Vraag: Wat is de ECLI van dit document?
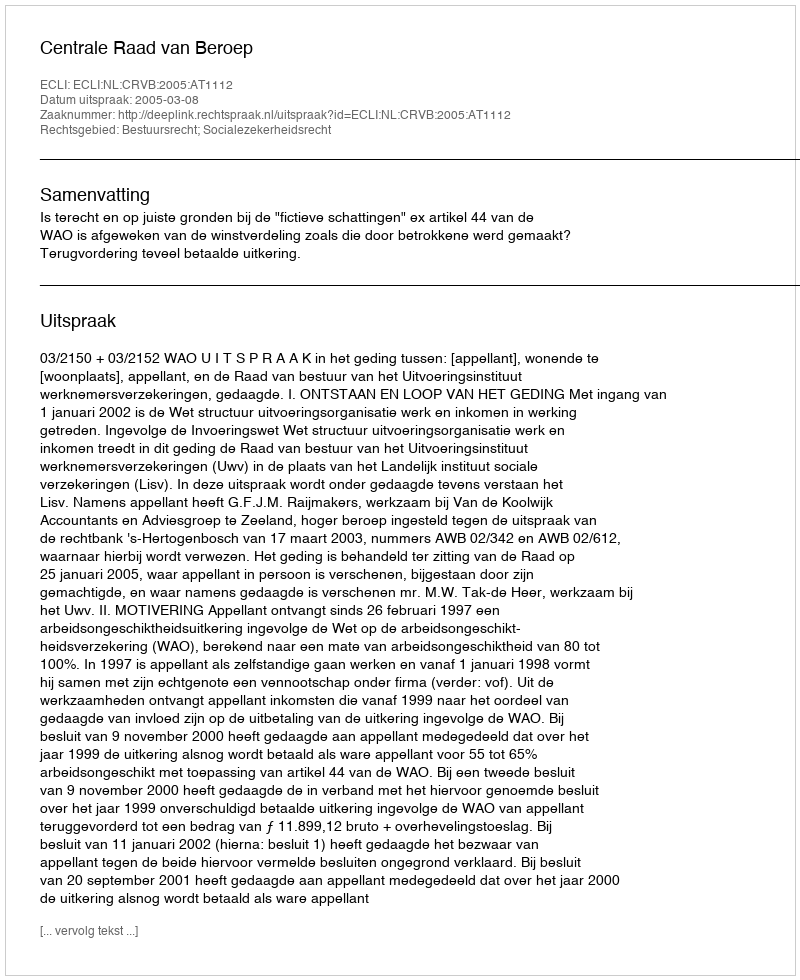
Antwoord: ECLI:NL:CRVB:2005:AT1112